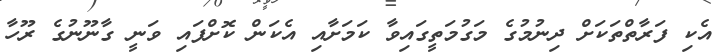
އެކި ފަރާތްތަކަށް ދިނުމުގެ މަގުމަތީގައިވާ ކަމަށާއި އެކަން ކޮށްފައި ވަނީ ގާނޫނުގެ ރޫހާ